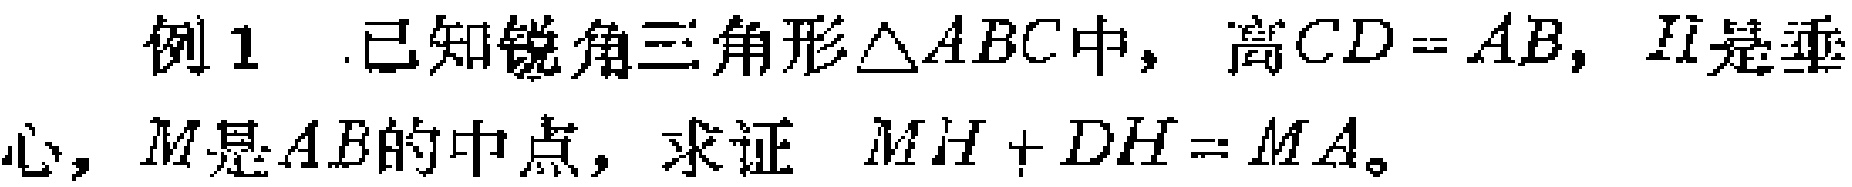
例1. 已知锐角三角形$\triangle ABC$中，高$CD = AB$，$H$是垂心，$M$是$AB$的中点，求证 $MH + DH = MA$。